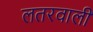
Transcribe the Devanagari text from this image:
लतरवाली